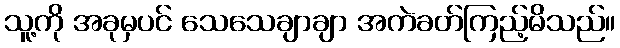
သူ့ကို အခုမှပင် သေသေချာချာ အကဲခတ်ကြည့်မိသည်။